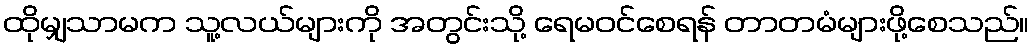
ထိုမျှသာမက သူ့လယ်များကို အတွင်းသို့ ရေမဝင်စေရန် တာတမံများဖို့စေသည်။